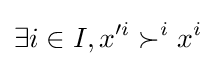
\exists i\in I,x'^{i}\succ ^{i}x^{i}